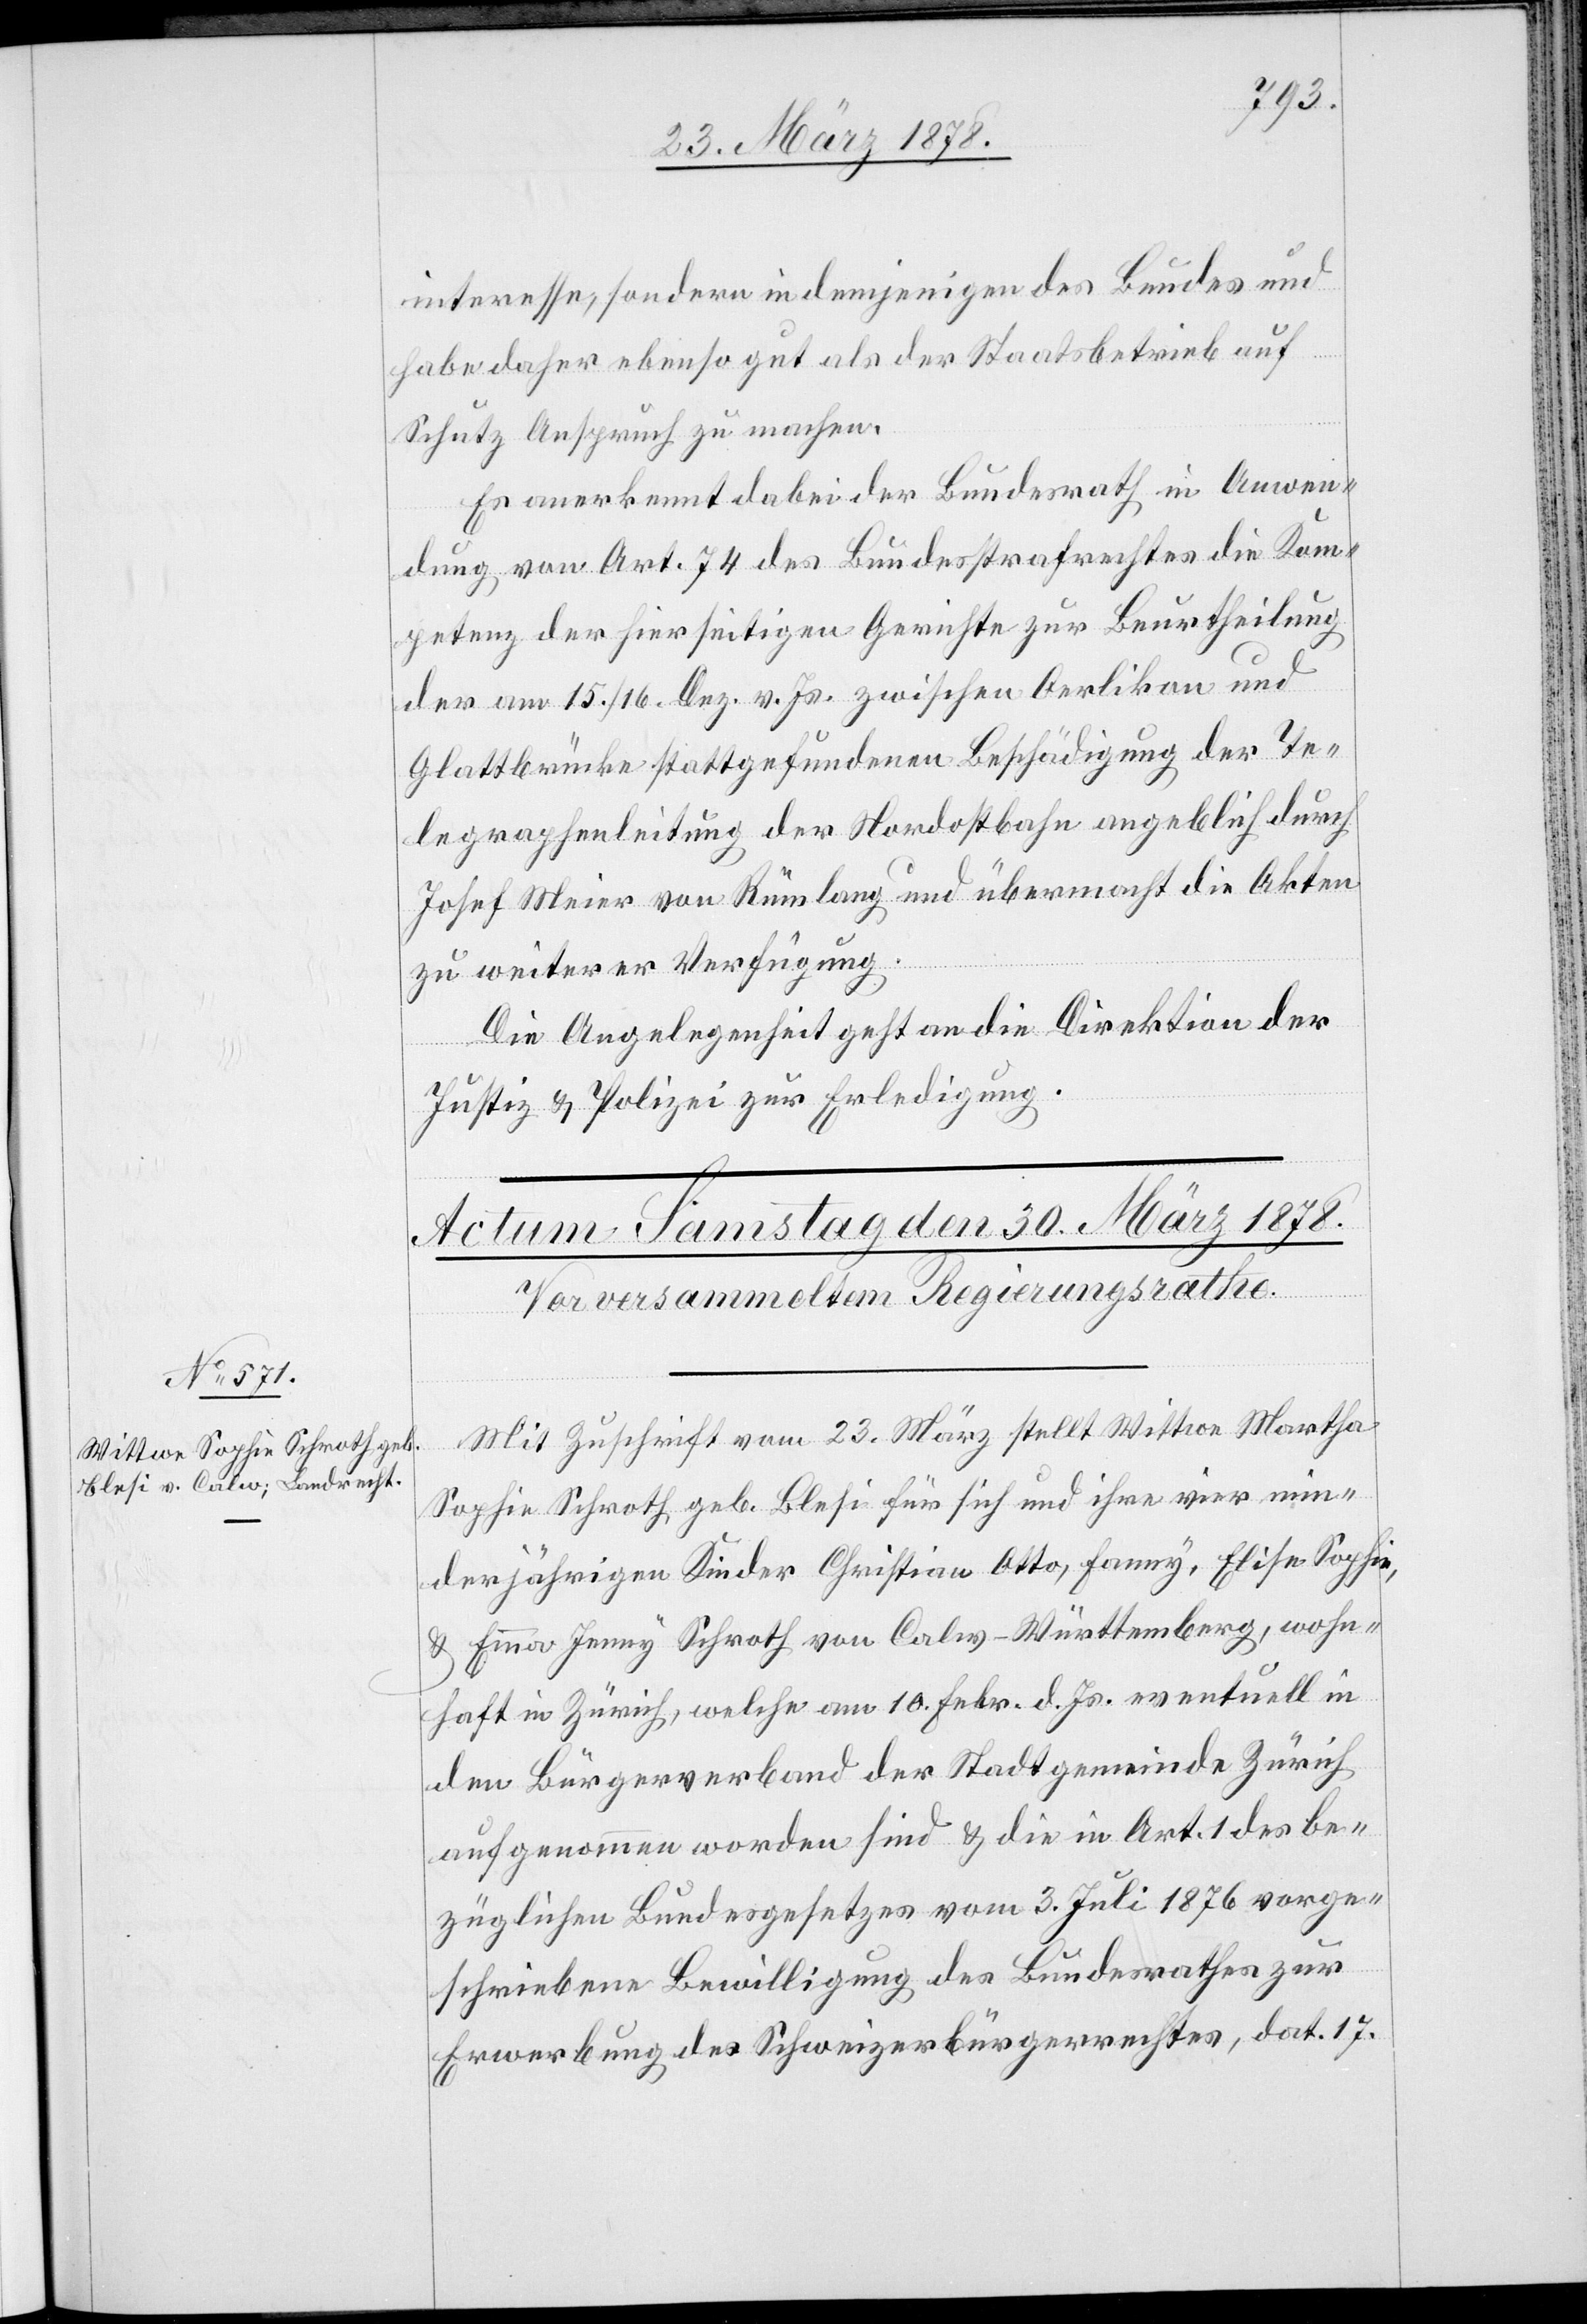
interesse, sondern in demjenigen des Bundes und
habe daher ebenso gut als der Staatsbetrieb auf
Schutz Anspruch zu machen.
Es anerkennt dabei der Bundesrath in Anwen¬
dung von Art. 74 des Bundesstrafrechtes die Kom¬
petenz der hierseitigen Gerichte zur Beurtheilung
der am 15./16. Dez. v. Js. zwischen Oerlikon und
Glattbrücke stattgefundenen Beschädigung der Te¬
legraphenleitung der Nordostbahn angeblich durch
Josef Meier von Rümlang und übermacht die Akten
zu weiterer Verfügung.
Die Angelegenheit geht an die Direktion der
Justiz & Polizei zur Erledigung.
Mit Zuschrift vom 23. März stellt Wittwe Martha
Sophie Schroth geb. Blesi für sich und ihre vier min¬
derjährigen Kinder Christian Otto, Fanny, Elise Sophie,
& Emma Jenny Schroth von Calw - Württemberg, wohn¬
haft in Zürich, welche am 10. Febr. d. Js. eventuell in
den Bürgerverband der Stadtgemeinde Zürich
aufgenommen worden sind & die in Art. 1 des be¬
züglichen Bundesgesetzes vom 3. Juli 1876 vorge¬
schriebene Bewilligung des Bundesrathes zur
Erwerbung des Schweizerbürgerrechtes, dat. 17.